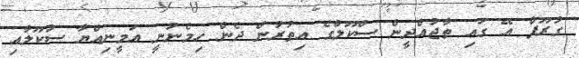
ގުރޫޕް އޭ ގައި ތާޖުއްދީން ސްކޫލްގެ އިތުރުން ދެން ހިމެނުނީ އަމީނިއްޔާ ސުކޫލާއި